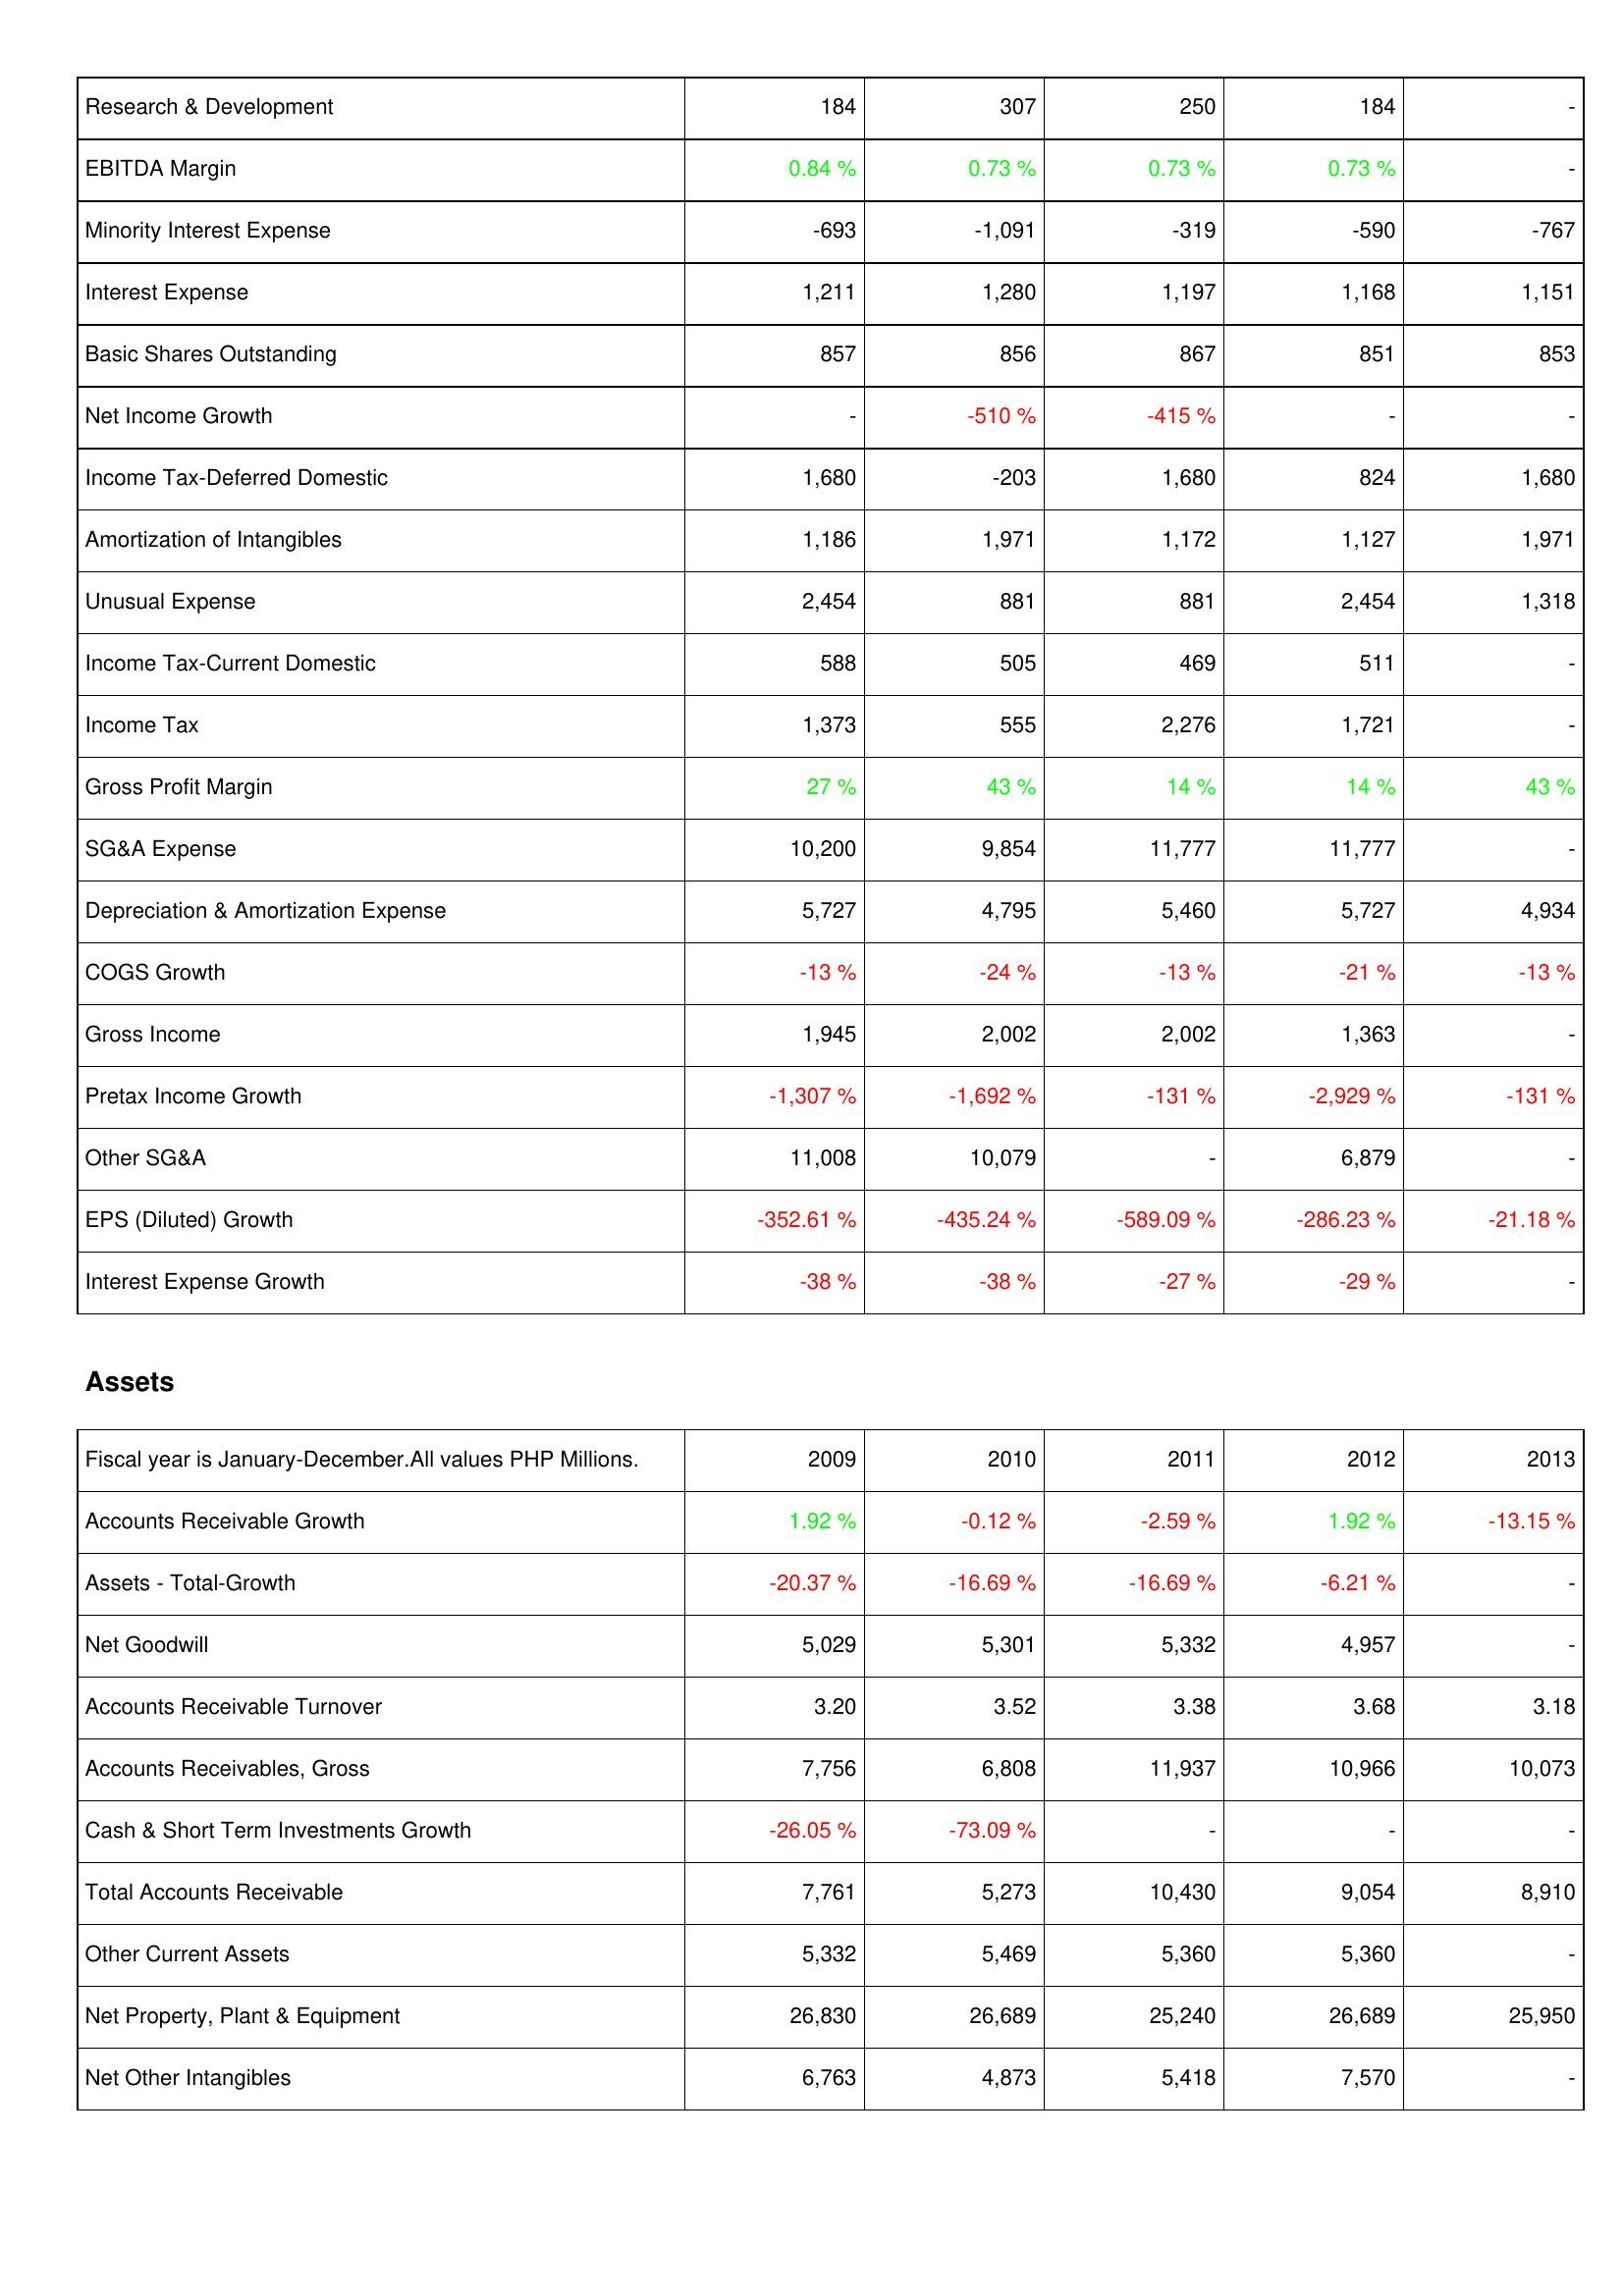
2009: Income Statement: Research & Development: 184
EBITDA Margin: 0.84 %
Minority Interest Expense: -693
Interest Expense: 1,211
Basic Shares Outstanding: 857
Net Income Growth: -
Income Tax-Deferred Domestic: 1,680
Amortization of Intangibles: 1,186
Unusual Expense: 2,454
Income Tax-Current Domestic: 588
Income Tax: 1,373
Gross Profit Margin: 27 %
SG&A Expense: 10,200
Depreciation & Amortization Expense: 5,727
COGS Growth: -13 %
Gross Income: 1,945
Pretax Income Growth: -1,307 %
Other SG&A: 11,008
EPS (Diluted) Growth: -352.61 %
Interest Expense Growth: -38 %
Assets: Accounts Receivable Growth: 1.92 %
Assets - Total-Growth: -20.37 %
Net Goodwill: 5,029
Accounts Receivable Turnover: 3.20
Accounts Receivables, Gross: 7,756
Cash & Short Term Investments Growth: -26.05 %
Total Accounts Receivable: 7,761
Other Current Assets: 5,332
Net Property, Plant & Equipment: 26,830
Net Other Intangibles: 6,763
2010: Income Statement: Research & Development: 307
EBITDA Margin: 0.73 %
Minority Interest Expense: -1,091
Interest Expense: 1,280
Basic Shares Outstanding: 856
Net Income Growth: -510 %
Income Tax-Deferred Domestic: -203
Amortization of Intangibles: 1,971
Unusual Expense: 881
Income Tax-Current Domestic: 505
Income Tax: 555
Gross Profit Margin: 43 %
SG&A Expense: 9,854
Depreciation & Amortization Expense: 4,795
COGS Growth: -24 %
Gross Income: 2,002
Pretax Income Growth: -1,692 %
Other SG&A: 10,079
EPS (Diluted) Growth: -435.24 %
Interest Expense Growth: -38 %
Assets: Accounts Receivable Growth: -0.12 %
Assets - Total-Growth: -16.69 %
Net Goodwill: 5,301
Accounts Receivable Turnover: 3.52
Accounts Receivables, Gross: 6,808
Cash & Short Term Investments Growth: -73.09 %
Total Accounts Receivable: 5,273
Other Current Assets: 5,469
Net Property, Plant & Equipment: 26,689
Net Other Intangibles: 4,873
2011: Income Statement: Research & Development: 250
EBITDA Margin: 0.73 %
Minority Interest Expense: -319
Interest Expense: 1,197
Basic Shares Outstanding: 867
Net Income Growth: -415 %
Income Tax-Deferred Domestic: 1,680
Amortization of Intangibles: 1,172
Unusual Expense: 881
Income Tax-Current Domestic: 469
Income Tax: 2,276
Gross Profit Margin: 14 %
SG&A Expense: 11,777
Depreciation & Amortization Expense: 5,460
COGS Growth: -13 %
Gross Income: 2,002
Pretax Income Growth: -131 %
Other SG&A: -
EPS (Diluted) Growth: -589.09 %
Interest Expense Growth: -27 %
Assets: Accounts Receivable Growth: -2.59 %
Assets - Total-Growth: -16.69 %
Net Goodwill: 5,332
Accounts Receivable Turnover: 3.38
Accounts Receivables, Gross: 11,937
Cash & Short Term Investments Growth: -
Total Accounts Receivable: 10,430
Other Current Assets: 5,360
Net Property, Plant & Equipment: 25,240
Net Other Intangibles: 5,418
2012: Income Statement: Research & Development: 184
EBITDA Margin: 0.73 %
Minority Interest Expense: -590
Interest Expense: 1,168
Basic Shares Outstanding: 851
Net Income Growth: -
Income Tax-Deferred Domestic: 824
Amortization of Intangibles: 1,127
Unusual Expense: 2,454
Income Tax-Current Domestic: 511
Income Tax: 1,721
Gross Profit Margin: 14 %
SG&A Expense: 11,777
Depreciation & Amortization Expense: 5,727
COGS Growth: -21 %
Gross Income: 1,363
Pretax Income Growth: -2,929 %
Other SG&A: 6,879
EPS (Diluted) Growth: -286.23 %
Interest Expense Growth: -29 %
Assets: Accounts Receivable Growth: 1.92 %
Assets - Total-Growth: -6.21 %
Net Goodwill: 4,957
Accounts Receivable Turnover: 3.68
Accounts Receivables, Gross: 10,966
Cash & Short Term Investments Growth: -
Total Accounts Receivable: 9,054
Other Current Assets: 5,360
Net Property, Plant & Equipment: 26,689
Net Other Intangibles: 7,570
2013: Income Statement: Research & Development: -
EBITDA Margin: -
Minority Interest Expense: -767
Interest Expense: 1,151
Basic Shares Outstanding: 853
Net Income Growth: -
Income Tax-Deferred Domestic: 1,680
Amortization of Intangibles: 1,971
Unusual Expense: 1,318
Income Tax-Current Domestic: -
Income Tax: -
Gross Profit Margin: 43 %
SG&A Expense: -
Depreciation & Amortization Expense: 4,934
COGS Growth: -13 %
Gross Income: -
Pretax Income Growth: -131 %
Other SG&A: -
EPS (Diluted) Growth: -21.18 %
Interest Expense Growth: -
Assets: Accounts Receivable Growth: -13.15 %
Assets - Total-Growth: -
Net Goodwill: -
Accounts Receivable Turnover: 3.18
Accounts Receivables, Gross: 10,073
Cash & Short Term Investments Growth: -
Total Accounts Receivable: 8,910
Other Current Assets: -
Net Property, Plant & Equipment: 25,950
Net Other Intangibles: -